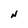
Character: N